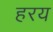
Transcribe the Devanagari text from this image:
हरय